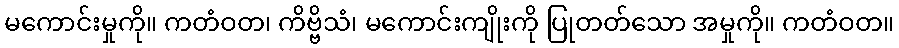
မကောင်းမှုကို။ ကတံဝတ၊ ကိဗ္ဗိသံ၊ မကောင်းကျိုးကို ပြုတတ်သော အမှုကို။ ကတံဝတ။